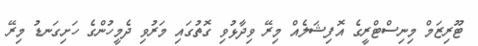
ޓޫރިޒަމް މިނިސްޓްރީގެ އޮފިޝަލެއް މިރޭ ވިދާޅުވި ގޮތުގައި މަރުވި ދެމީހުންގެ ހަށިގަނޑު މިރޭ